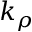
k _ { \rho }